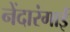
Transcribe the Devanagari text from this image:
नेंदारंगाई